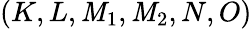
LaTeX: (K,L,\mathit{M}_{1},\mathit{M}_{2},N,O)